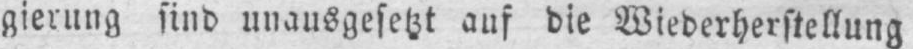
gierung sind unausgesetzt auf die Wiederherstellung